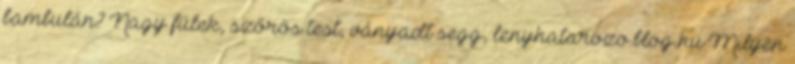
bambulán? Nagy fülek, szőrös test, ványadt segg, lenyhatarozo.blog.hu Milyen